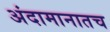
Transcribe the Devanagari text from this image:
अंदामानातच